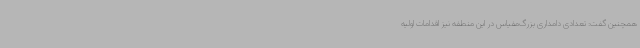
همچنین گفت: تعدادی دامداری بزرگ‌مقیاس در این منطقه نیز اقدامات اولیه